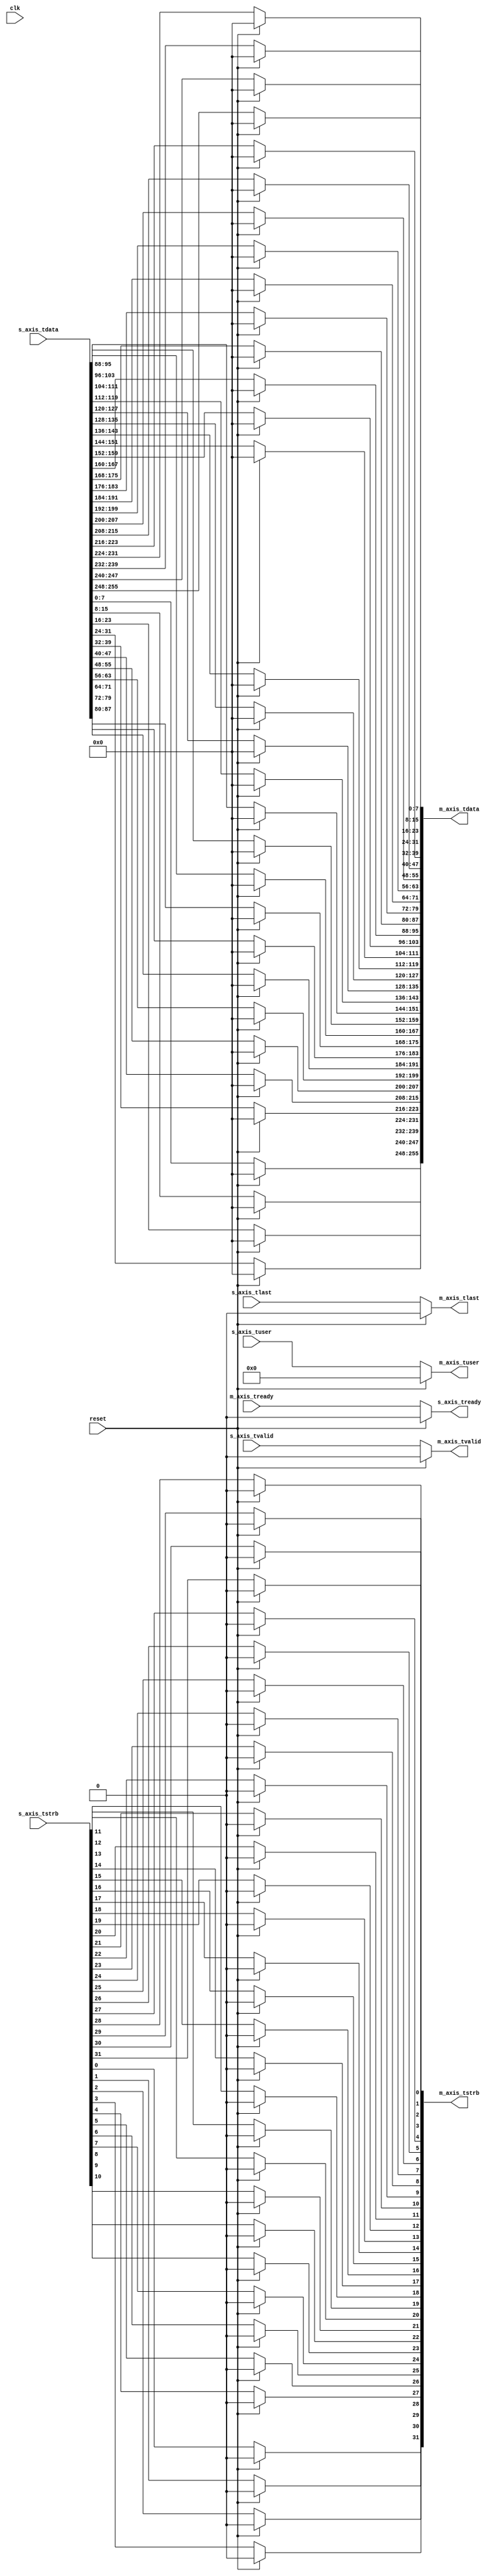
/*******************************************************************************
 *
 *  NetFPGA-10G http://www.netfpga.org
 *
 *  File:
 *        bridge.v
 *
 *  Library:
 *        /hw/contrib/pcores/endianess_manager_v1_00_a
 *
 *  Module:
 *        bridge
 *
 *  Author:
 *        Gianni Antichi
 *
 *  Description:
 *        little endian to big endian bridge
 *
 *  Copyright notice:
 *        Copyright (C) 2010, 2011 The Board of Trustees of The Leland Stanford
 *                                 Junior University
 *
 *  Licence:
 *        This file is part of the NetFPGA 10G development base package.
 *
 *        This file is free code: you can redistribute it and/or modify it under
 *        the terms of the GNU Lesser General Public License version 2.1 as
 *        published by the Free Software Foundation.
 *
 *        This package is distributed in the hope that it will be useful, but
 *        WITHOUT ANY WARRANTY; without even the implied warranty of
 *        MERCHANTABILITY or FITNESS FOR A PARTICULAR PURPOSE.  See the GNU
 *        Lesser General Public License for more details.
 *
 *        You should have received a copy of the GNU Lesser General Public
 *        License along with the NetFPGA source package.  If not, see
 *        http://www.gnu.org/licenses/.
 *
 */


module bridge
#(
    parameter C_AXIS_DATA_WIDTH = 256,
    parameter C_AXIS_TUSER_WIDTH = 128,
    parameter NUM_QUEUES = 8,
    parameter NUM_QUEUES_WIDTH = log2(NUM_QUEUES)
)
(
    // Global Ports
    input clk,
    input reset,

    // little endian signals
    input [C_AXIS_DATA_WIDTH-1:0] s_axis_tdata,
    input [(C_AXIS_DATA_WIDTH/8)-1:0] s_axis_tstrb,
    input [C_AXIS_TUSER_WIDTH-1:0] s_axis_tuser,
    input  s_axis_tvalid,
    output reg s_axis_tready,
    input  s_axis_tlast,

    // big endian signals
    output reg [C_AXIS_DATA_WIDTH-1:0] m_axis_tdata,
    output reg[(C_AXIS_DATA_WIDTH/8)-1:0] m_axis_tstrb,
    output reg [C_AXIS_TUSER_WIDTH-1:0] m_axis_tuser,
    output reg  m_axis_tvalid,
    input m_axis_tready,
    output reg  m_axis_tlast

);

    function integer log2;
      input integer number;
      begin
         log2=0;
         while(2**log2<number) begin
            log2=log2+1;
         end
      end
    endfunction // log2

    genvar i;

  /* Generate control signals */
  
  always @(*) begin
    if (reset) begin
      m_axis_tuser = {C_AXIS_TUSER_WIDTH{1'b0}};
      m_axis_tvalid = 0;
      m_axis_tlast = 0;
      s_axis_tready = 0;
    end
    else begin
      m_axis_tuser = s_axis_tuser;
      m_axis_tvalid = s_axis_tvalid;
      m_axis_tlast = s_axis_tlast;
      s_axis_tready = m_axis_tready;
    end
  end

 generate
  for (i=0; i<(C_AXIS_DATA_WIDTH/8); i=i+1) begin: conversion
    always @(*) begin
     if (reset) begin
        m_axis_tdata[(i+1)*8-1:i*8] = 0;
        m_axis_tstrb[i] = 0;
      end
else begin
m_axis_tdata[(i+1)*8-1:i*8] = s_axis_tdata[((C_AXIS_DATA_WIDTH/8)-i)*8-1:((C_AXIS_DATA_WIDTH/8)-(i+1))*8];
        m_axis_tstrb[i] = s_axis_tstrb[(C_AXIS_DATA_WIDTH/8)-i-1];
end
    end
  end
  endgenerate

endmodule